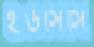
ইউসিসি